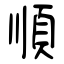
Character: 順